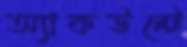
অ্যাকউন্টে